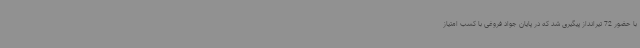
با حضور 72 تیرانداز پیگیری شد که در پایان جواد فروغی با کسب امتیاز